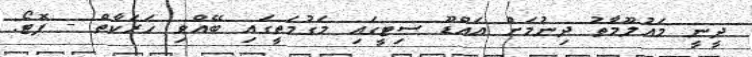
ދީނީ މައުލޫމާތު ދިނުމަށް އައްޑޫ ސިޓީގައި މަގުމަތީގައި ބޭއްވި ހަރަކާތް - ފޮޓޯ: